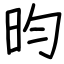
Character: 昀